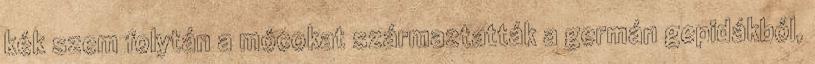
kék szem folytán a mócokat származtatták a germán gepidákból,